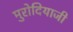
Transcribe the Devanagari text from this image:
मुरोदियाजी